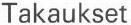
Takaukset